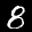
Label: 8